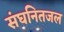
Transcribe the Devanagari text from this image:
संघनितजल